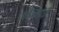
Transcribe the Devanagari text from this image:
मोत्याचे